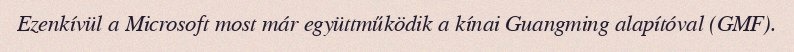
Ezenkívül a Microsoft most már együttműködik a kínai Guangming alapítóval (GMF).